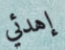
إهدئي